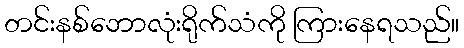
တင်းနစ်ဘောလုံးရိုက်သံကို ကြားနေရသည်။